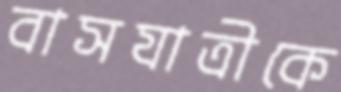
বাসযাত্রীকে